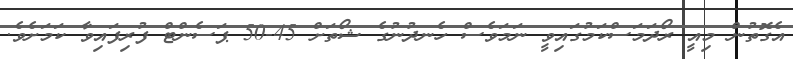
އެގޮތުން މިއީ ރޯދަމަސްކަމުގައިވީ ނަމަވެސް ހެނދުނުގެ ޝޯތަށް 45-50 ޕަސެންޓް ފުރިފައިވާ ކަމަށެވެ.